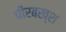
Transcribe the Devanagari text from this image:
पीरबख्श